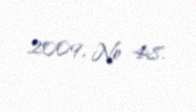
2009, № 48.